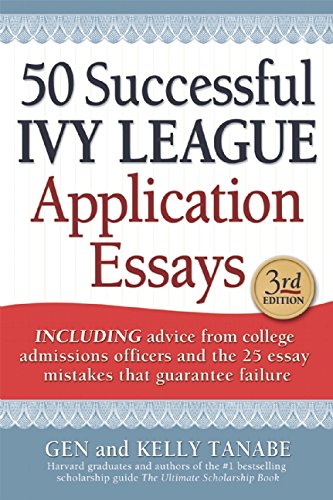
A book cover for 50 Successful Ivy League Application Essays; Gen Tanabe; Test Preparation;